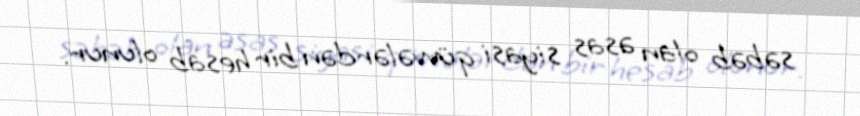
səbəb olan əsas siyasi qüvvələrdən bir hesab olunur.